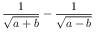
{ \frac { 1 } { \sqrt { a + b } } } - { \frac { 1 } { \sqrt { a - b } } }